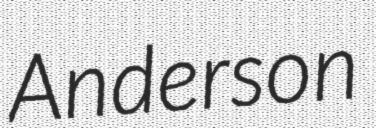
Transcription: Anderson